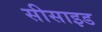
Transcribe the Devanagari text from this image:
सीसाइड